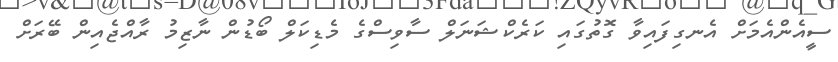
ސީއެންއެމަށް އެނގިފައިވާ ގޮތުގައި ކަރެކްޝަނަލް ސާވިސްގެ މެޑިކަލް ބޯޑުން ނާޒިމު ރާއްޖެއިން ބޭރަށް